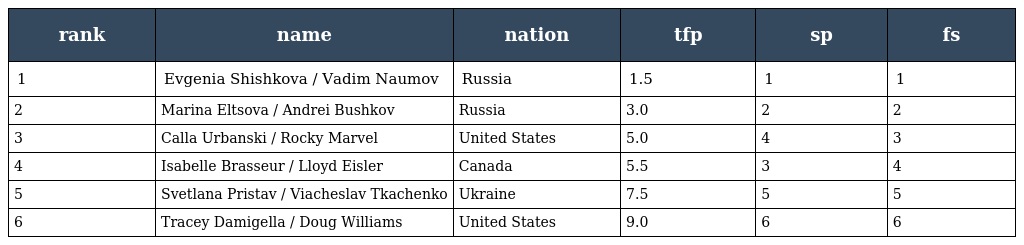
| rank | name | nation | tfp | sp | fs |
 | --- | --- | --- | --- | --- | --- |
 | 1 | Evgenia Shishkova / Vadim Naumov | Russia | 1.5 | 1 | 1 |
 | 2 | Marina Eltsova / Andrei Bushkov | Russia | 3.0 | 2 | 2 |
 | 3 | Calla Urbanski / Rocky Marvel | United States | 5.0 | 4 | 3 |
 | 4 | Isabelle Brasseur / Lloyd Eisler | Canada | 5.5 | 3 | 4 |
 | 5 | Svetlana Pristav / Viacheslav Tkachenko | Ukraine | 7.5 | 5 | 5 |
 | 6 | Tracey Damigella / Doug Williams | United States | 9.0 | 6 | 6 |